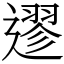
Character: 䢧